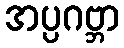
အပ္ပဂဗ္ဘာ